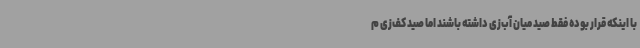
با اینکه قرار بوده فقط صید میان آب‌زی داشته باشند اما صید کف‌زی م